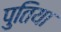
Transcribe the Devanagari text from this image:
पुतिया